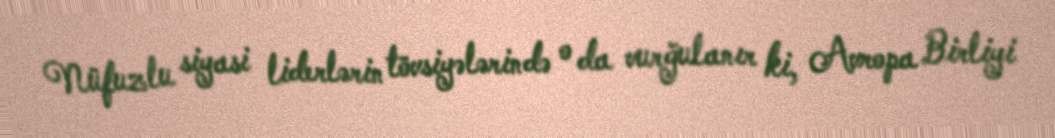
Nüfuzlu siyasi liderlərin tövsiyələrində o da vurğulanır ki, Avropa Birliyi